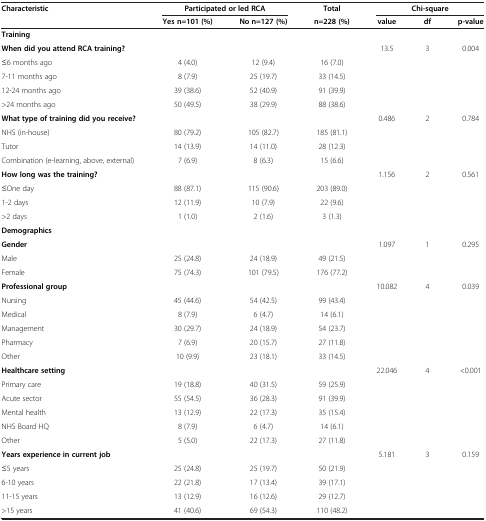
<table><thead><tr><td><b>Characteristic</b></td><td colspan="2"><b>Participated or led RCA</b></td><td><b>Total</b></td><td colspan="3"><b>Chi-square</b></td></tr><tr><td><b> </b></td><td><b>Yes n=101 (%)</b></td><td><b>No n=127 (%)</b></td><td><b>n=228 (%)</b></td><td><b>value</b></td><td><b>df</b></td><td><b>p-value</b></td></tr></thead><tbody><tr><td><b>Training</b></td><td> </td><td> </td><td> </td><td> </td><td> </td><td> </td></tr><tr><td><b>When did you attend RCA training?</b></td><td> </td><td> </td><td> </td><td>13.5</td><td>3</td><td>0.004</td></tr><tr><td>≤6 months ago</td><td>4 (4.0)</td><td>12 (9.4)</td><td>16 (7.0)</td><td> </td><td> </td><td> </td></tr><tr><td>7-11 months ago</td><td>8 (7.9)</td><td>25 (19.7)</td><td>33 (14.5)</td><td> </td><td> </td><td> </td></tr><tr><td>12-24 months ago</td><td>39 (38.6)</td><td>52 (40.9)</td><td>91 (39.9)</td><td> </td><td> </td><td> </td></tr><tr><td>&gt;24 months ago</td><td>50 (49.5)</td><td>38 (29.9)</td><td>88 (38.6)</td><td> </td><td> </td><td> </td></tr><tr><td><b>What type of training did you receive?</b></td><td> </td><td> </td><td> </td><td>0.486</td><td>2</td><td>0.784</td></tr><tr><td>NHS (in-house)</td><td>80 (79.2)</td><td>105 (82.7)</td><td>185 (81.1)</td><td> </td><td> </td><td> </td></tr><tr><td>Tutor</td><td>14 (13.9)</td><td>14 (11.0)</td><td>28 (12.3)</td><td> </td><td> </td><td> </td></tr><tr><td>Combination (e-learning, above, external)</td><td>7 (6.9)</td><td>8 (6.3)</td><td>15 (6.6)</td><td> </td><td> </td><td> </td></tr><tr><td><b>How long was the training?</b></td><td> </td><td> </td><td> </td><td>1.156</td><td>2</td><td>0.561</td></tr><tr><td>≤One day</td><td>88 (87.1)</td><td>115 (90.6)</td><td>203 (89.0)</td><td> </td><td> </td><td> </td></tr><tr><td>1-2 days</td><td>12 (11.9)</td><td>10 (7.9)</td><td>22 (9.6)</td><td> </td><td> </td><td> </td></tr><tr><td>&gt;2 days</td><td>1 (1.0)</td><td>2 (1.6)</td><td>3 (1.3)</td><td> </td><td> </td><td> </td></tr><tr><td><b>Demographics</b></td><td> </td><td> </td><td> </td><td> </td><td> </td><td> </td></tr><tr><td><b>Gender</b></td><td> </td><td> </td><td> </td><td>1.097</td><td>1</td><td>0.295</td></tr><tr><td>Male</td><td>25 (24.8)</td><td>24 (18.9)</td><td>49 (21.5)</td><td> </td><td> </td><td> </td></tr><tr><td>Female</td><td>75 (74.3)</td><td>101 (79.5)</td><td>176 (77.2)</td><td> </td><td> </td><td> </td></tr><tr><td><b>Professional group</b></td><td> </td><td> </td><td> </td><td>10.082</td><td>4</td><td>0.039</td></tr><tr><td>Nursing</td><td>45 (44.6)</td><td>54 (42.5)</td><td>99 (43.4)</td><td> </td><td> </td><td> </td></tr><tr><td>Medical</td><td>8 (7.9)</td><td>6 (4.7)</td><td>14 (6.1)</td><td> </td><td> </td><td> </td></tr><tr><td>Management</td><td>30 (29.7)</td><td>24 (18.9)</td><td>54 (23.7)</td><td> </td><td> </td><td> </td></tr><tr><td>Pharmacy</td><td>7 (6.9)</td><td>20 (15.7)</td><td>27 (11.8)</td><td> </td><td> </td><td> </td></tr><tr><td>Other</td><td>10 (9.9)</td><td>23 (18.1)</td><td>33 (14.5)</td><td> </td><td> </td><td> </td></tr><tr><td><b>Healthcare setting</b></td><td> </td><td> </td><td> </td><td>22.046</td><td>4</td><td>&lt;0.001</td></tr><tr><td>Primary care</td><td>19 (18.8)</td><td>40 (31.5)</td><td>59 (25.9)</td><td> </td><td> </td><td> </td></tr><tr><td>Acute sector</td><td>55 (54.5)</td><td>36 (28.3)</td><td>91 (39.9)</td><td> </td><td> </td><td> </td></tr><tr><td>Mental health</td><td>13 (12.9)</td><td>22 (17.3)</td><td>35 (15.4)</td><td> </td><td> </td><td> </td></tr><tr><td>NHS Board HQ</td><td>8 (7.9)</td><td>6 (4.7)</td><td>14 (6.1)</td><td> </td><td> </td><td> </td></tr><tr><td>Other</td><td>5 (5.0)</td><td>22 (17.3)</td><td>27 (11.8)</td><td> </td><td> </td><td> </td></tr><tr><td><b>Years experience in current job</b></td><td> </td><td> </td><td> </td><td>5.181</td><td>3</td><td>0.159</td></tr><tr><td>≤5 years</td><td>25 (24.8)</td><td>25 (19.7)</td><td>50 (21.9)</td><td> </td><td> </td><td> </td></tr><tr><td>6-10 years</td><td>22 (21.8)</td><td>17 (13.4)</td><td>39 (17.1)</td><td> </td><td> </td><td> </td></tr><tr><td>11-15 years</td><td>13 (12.9)</td><td>16 (12.6)</td><td>29 (12.7)</td><td> </td><td> </td><td> </td></tr><tr><td>&gt;15 years</td><td>41 (40.6)</td><td>69 (54.3)</td><td>110 (48.2)</td><td> </td><td> </td><td> </td></tr></tbody></table>